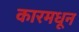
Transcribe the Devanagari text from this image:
कारमधून